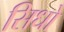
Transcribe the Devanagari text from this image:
सिधो